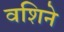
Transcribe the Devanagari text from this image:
वशिने